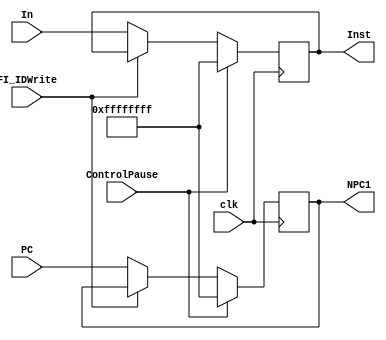
`timescale 1ns / 1ps
//////////////////////////////////////////////////////////////////////////////////
// Company: 
// Engineer: 
// 
// Design Name: 
// Module Name: FI_ID
// Project Name: 
// Target Devices: 
// Tool Versions: 
// Description: 
// 
// Dependencies: 
// 
// Revision:
// Revision 0.01 - File Created
// Additional Comments:
// 
//////////////////////////////////////////////////////////////////////////////////


module FI_ID(clk,FI_IDWrite,ControlPause,PC,In,NPC1,Inst);
    input clk;
    input FI_IDWrite;
    input ControlPause;
    input[31:0] PC;
    input[31:0] In;
    output[31:0] NPC1;
    output[31:0] Inst;
    reg[31:0]r_NPC1;
    reg[31:0]r_Inst;
    assign NPC1 = r_NPC1;
    assign Inst = r_Inst;
    initial begin
        r_Inst = 32'b11111111111111111111111111111111;
    end
    always@(posedge clk)
    begin
        if(!ControlPause)
            begin
                if(!FI_IDWrite)
                    begin
                        r_NPC1 <=PC;
                        r_Inst <=In;
                    end
            end
        else
            begin
                r_NPC1 <={32{1'b1}};
                r_Inst <={32{1'b1}};
            end
    end
endmodule